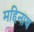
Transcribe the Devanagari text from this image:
महिनाथ